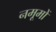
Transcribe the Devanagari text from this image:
नमूमों